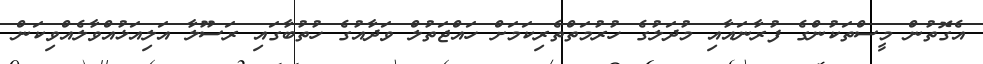
އެގޮތުން މީސްތަކުންގެ ފުރާނައާއި މުދަލުގެ ހުރުމަތްތެރިކަމަށް ހައްޖަތުލް ވަދާއުގެ ހުތުބާގައި ރަސޫލާ އަލިއަޅުއްވާލެއްވިކަން